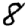
Digit: 8